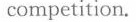
competition.